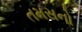
તમસનો